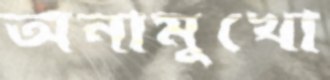
অনামুখো